Indian journal of veterinary science and animal husbandry - Volume 10,
Year: 1940
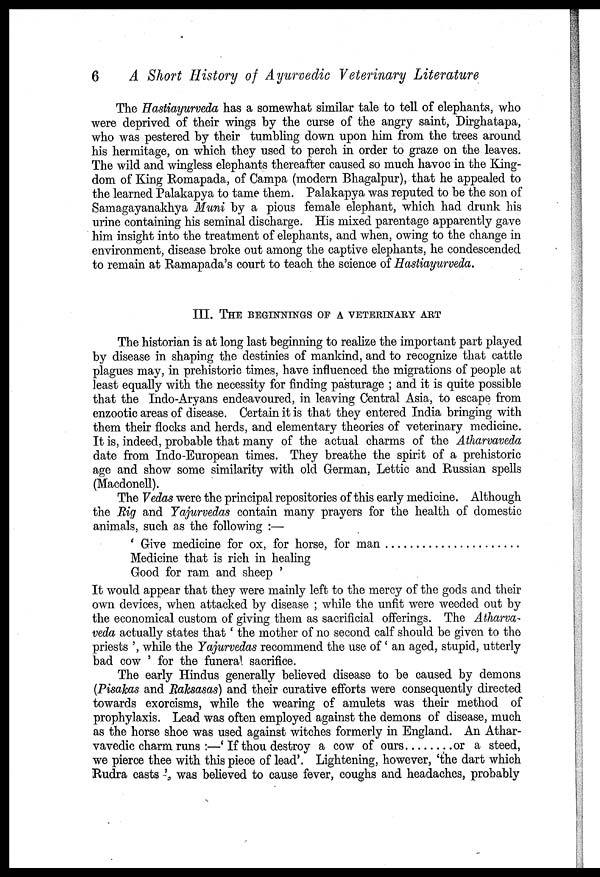
6
A Short History of Ayurvedic Veterinary Literature
The Hastiayurveda has a somewhat similar tale to tell of elephants, who
were deprived of their wings by the curse of the angry saint, Dirghatapa,
who was pestered by their tumbling down upon him from the trees around
his hermitage, on which they used to perch in order to graze on the leaves.
The wild and wingless elephants thereafter caused so much havoc in the King-
dom of King Romapada, of Campa (modern Bhagalpur), that he appealed to
the learned Palakapya to tame them. Palakapya was reputed to be the son of
Samagayanakhya Muni by a pious female elephant, which had drunk his
urine containing his seminal discharge. His mixed parentage apparently gave
him insight into the treatment of elephants, and when, owing to the change in
environment, disease broke out among the captive elephants, he condescended
to remain at Ramapada's court to teach the science of Hastiayurveda.
III. THE BEGINNINGS OF A VETERINARY ART
The historian is at long last beginning to realize the important part played
by disease in shaping the destinies of mankind, and to recognize that cattle
plagues may, in prehistoric times, have influenced the migrations of people at
least equally with the necessity for finding pasturage ; and it is quite possible
that the Indo-Aryans endeavoured, in leaving Central Asia, to escape from
enzootic areas of disease. Certain it is that they entered India bringing with
them their flocks and herds, and elementary theories of veterinary medicine.
It is, indeed, probable that many of the actual charms of the Atharvaveda
date from Indo-European times. They breathe the spirit of a prehistoric
age and show some similarity with old German, Lettic and Russian spells
(Macdonell).
The Vedas were the principal repositories of this early medicine. Although
the Rig and Yajurvedas contain many prayers for the health of domestic
animals, such as the following :—
' Give medicine for ox, for horse, for man . . . . . . . . . . . . . . . . . . . . .
Medicine that is rich in healing
Good for ram and sheep '
It would appear that they were mainly left to the mercy of the gods and their
own devices, when attacked by disease ; while the unfit were weeded out by
the economical custom of giving them as sacrificial offerings. The Atharva-
veda actually states that ' the mother of no second calf should be given to the
priests ', while the Yajurvedas recommend the use of ' an aged, stupid, utterly
bad cow ' for the funeral sacrifice.
The early Hindus generally believed disease to be caused by demons
(Pisakas and Raksasas) and their curative efforts were consequently directed
towards exorcisms, while the wearing of amulets was their method of
prophylaxis. Lead was often employed against the demons of disease, much
as the horse shoe was used against witches formerly in England. An Athar¬
vavedic charm runs :— ' If thou destroy a cow of ours. . . . . . . . or a steed,
we pierce thee with this piece of lead'. Lightening, however, 'the dart which
Rudra casts ', was believed to cause fever, coughs and headaches, probably